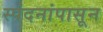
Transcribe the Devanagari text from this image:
स्पंदनांपासून